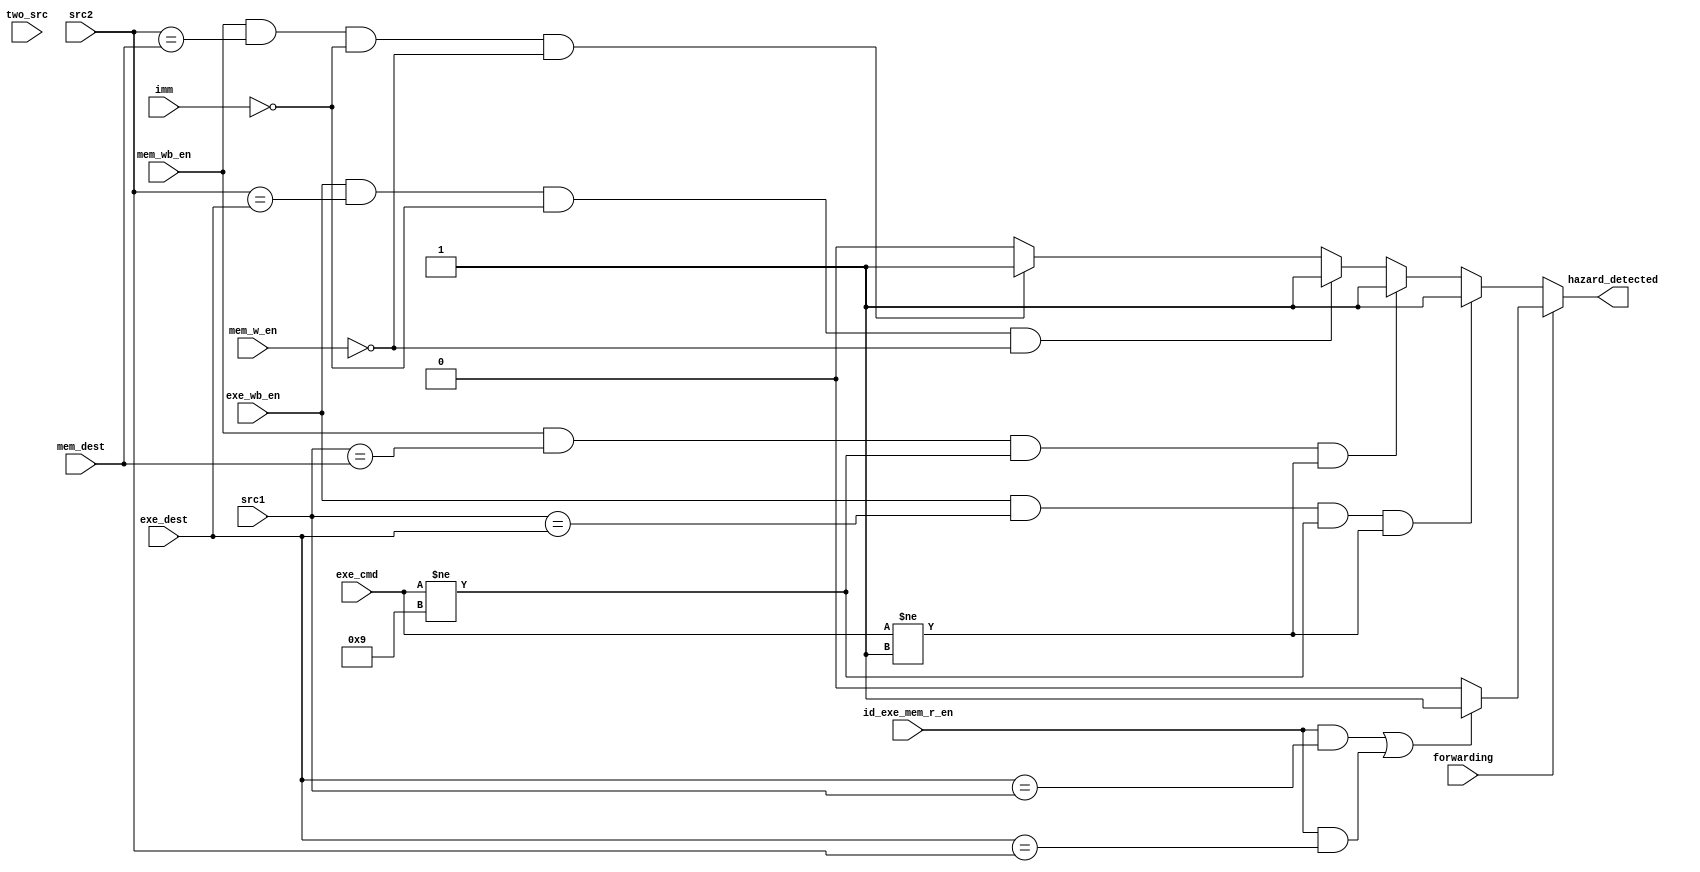
module hazarddetection(two_src,src1,src2,exe_dest,exe_wb_en,
mem_dest,mem_wb_en,hazard_detected,exe_cmd,imm, mem_w_en,id_exe_mem_r_en,forwarding);

input two_src,exe_wb_en,mem_wb_en,imm, mem_w_en,id_exe_mem_r_en,forwarding;
input [3:0]src1,src2,exe_dest,mem_dest,exe_cmd;
output reg hazard_detected;


//assign hazard_detected=((src1==exe_dest)   &&  (exe_wb_en==1'b1))||  
//                        ((src1==mem_dest)  &&  (mem_wb_en==1'b1))||
//                        ((src2==exe_dest)  &&  (exe_wb_en==1'b1)  &&(two_src==1'b1))||
//                        ((src2==mem_dest)  &&   (mem_wb_en==1'b1)  &&(two_src==1'b1));

	always @(*) begin
	if(!forwarding) begin	
		if(exe_wb_en & (src1 == exe_dest) & (exe_cmd != 4'b1001) & (exe_cmd != 4'b0001)) hazard_detected = 1'b1;
		else if(mem_wb_en & (src1 == mem_dest) & (exe_cmd != 4'b1001) & (exe_cmd != 4'b0001)) hazard_detected = 1'b1;
		else if(exe_wb_en & (src2 == exe_dest) & (~imm) & (~mem_w_en)) hazard_detected = 1'b1;
		else if(mem_wb_en & (src2 == mem_dest) & (~imm) & (~mem_w_en)) hazard_detected = 1'b1;
		else hazard_detected = 1'b0;
		end
	else if(forwarding)
		begin
		if ( (id_exe_mem_r_en && (exe_dest == src1)) | ( id_exe_mem_r_en && (exe_dest == src2) ))  hazard_detected = 1'b1;
		else hazard_detected = 1'b0;
		end
	else hazard_detected=1'b0;
	end

endmodule